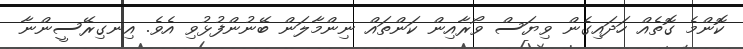
ކޮންމެ ގޮތެއް ހަދައިގެން ވިޔަސް ވޯރާއިން ކަންތައް ނިންމާލަން ބޭނުންފުޅުވި އެވެ. އިނގިރޭސީންނާ